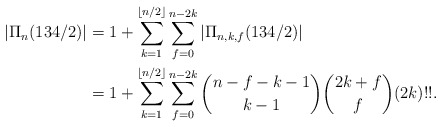
\begin{align*}|\Pi_n(134/2)| &= 1+ \sum_{k=1}^{\lfloor n/2 \rfloor}\sum_{f=0}^{n-2k} |\Pi_{n,k,f}(134/2)|\\&= 1+ \sum_{k=1}^{\lfloor n/2 \rfloor}\sum_{f=0}^{n-2k} {n-f-k-1\choose k-1}{2k+f\choose f}(2k)!!. \\\end{align*}